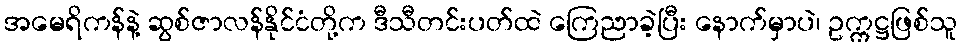
အမေရိကန်နဲ့ ဆွစ်ဇာလန်နိုင်ငံတို့က ဒီသီတင်းပတ်ထဲ ကြေညာခဲ့ပြီး နောက်မှာပဲ၊ ဥက္ကဋ္ဌဖြစ်သူ